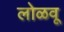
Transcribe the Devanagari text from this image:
लोळवू